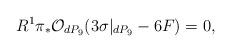
LaTeX: \begin{align*}R^{1}\pi_{*} {\cal O}_{dP_9}(3 \sigma|_{dP_9} -6F) = 0,\end{align*}